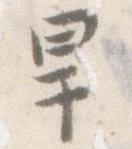
旱